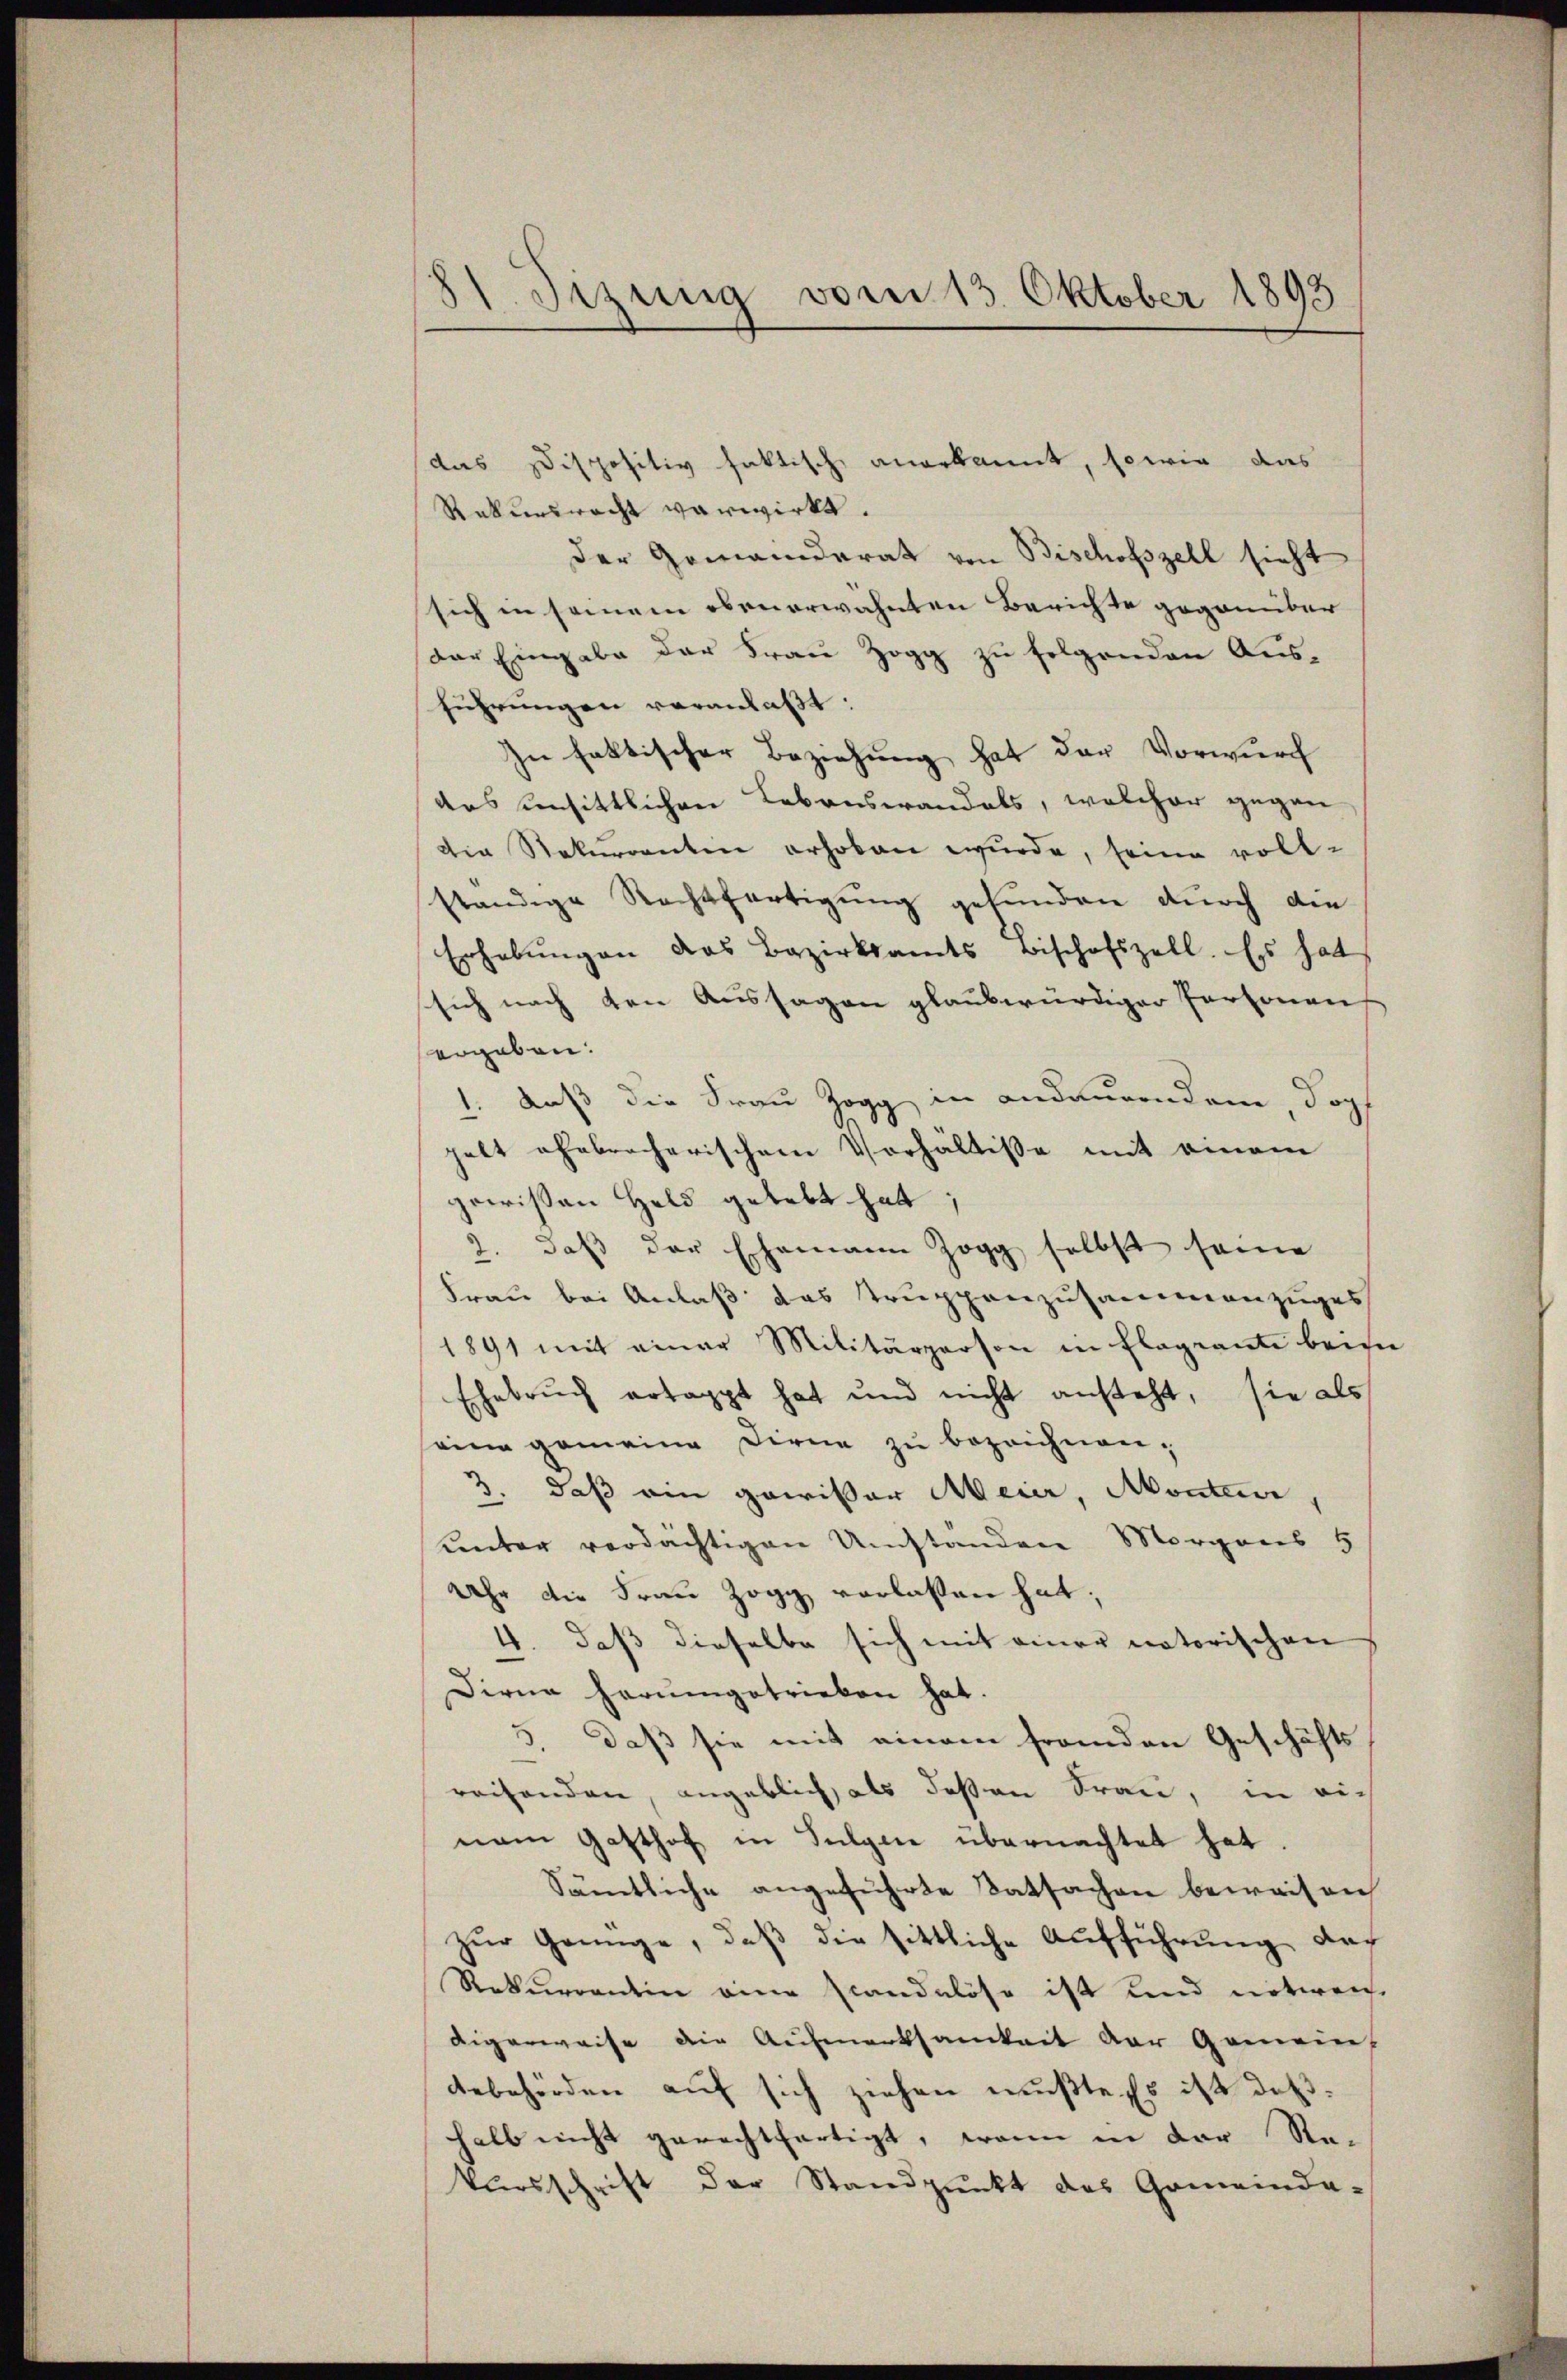
11. Jezung vom 13. Oktober 1895

Rekursrecht verwirkt.
der Gemeinderat von Bischofszell sieht
sich in seinem obenerwähnten Berichte gegenüber
Der Eingabe der Frau Zogg zu folgenden Aus-
führungen veranlaßt:
In faktischer Beziehung hat der Vorwurch
das unsittlichen Lebenswandels, welcher gegen
die Rekurrenten erhoben wurde, seine vollständige Rechtfertigung gefunden durch die
Erhebŭngen das Bezirksamts Bischofszell. Es hat
sich nach den Aussagen glaubwürdiger Personens
ergaben:
1. daß die Frau Zogg in andaurendem Kopf
pelt ehebrecherischem Verhältisse mit einem
gewissen Held gelebt hat,
2. daß der Ehemann Zogg selbst seine
Frau bei Anlaß das Truppenzusammenzuges
1891 mit einer Militärperson in flageante beise
Ehebruch ertappt hat und nicht ansteht, sie als
seine gemeine Dirne zŭ bezeichnen;
2. daß ein gewisser Meier, Monteur
unter verdächtigen Umständen Morgens 5
Uhr die Frau Zogg verlassen hat;
4. daß dieselbe sich mit einer natorischen
Dirne herumgetrieben hat.
3. daß sie mit einem fremden Geschäfts
reihenden, angeblich als deßen Frau, in einam Gasthof in Sulgen übernachtet hat.
Sämtliche angeführte Tatsachen beweisen
zur Genüge, daß die sittliche Aufführung doch
Rekurrentin eine standelöse ist und notweich
digerweise die Aufmerksamkeit der Gemeins
debehörden auf sich ziehen mußte. Es ist deßhalb nicht gerechtfertigt, wenn in der Rekursschrift der Standpunkt des Gemeinda-

das Dispositiv faktische anerkannt, sowie das